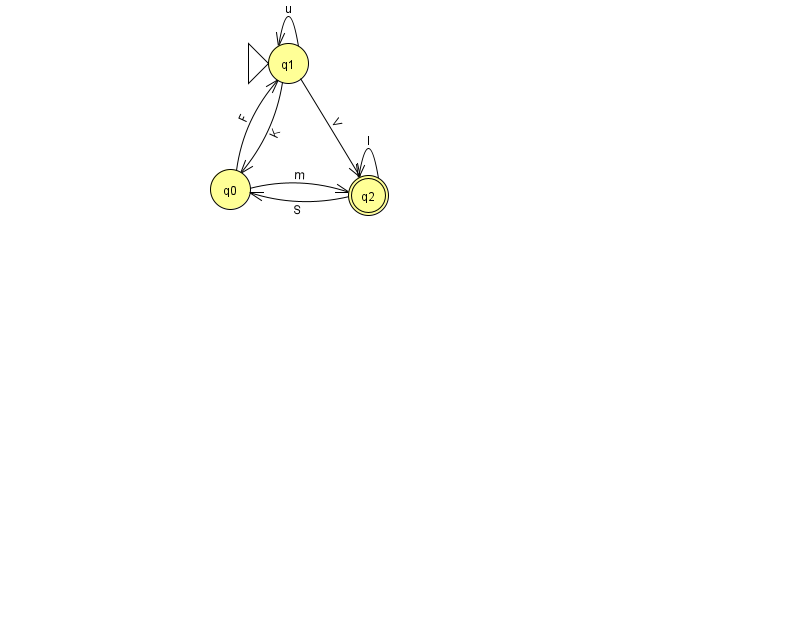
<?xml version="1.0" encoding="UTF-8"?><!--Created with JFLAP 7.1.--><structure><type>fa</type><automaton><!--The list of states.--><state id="0" name="q0"><x>230.0</x><y>176.0</y></state><state id="1" name="q1"><x>288.0</x><y>50.0</y><initial/></state><state id="2" name="q2"><x>368.0</x><y>182.0</y><final/></state><!--The list of transitions.--><transition><from>0</from><to>2</to><read>m</read></transition><transition><from>0</from><to>1</to><read>F</read></transition><transition><from>1</from><to>1</to><read>u</read></transition><transition><from>1</from><to>0</to><read>K</read></transition><transition><from>1</from><to>2</to><read>V</read></transition><transition><from>2</from><to>2</to><read>l</read></transition><transition><from>2</from><to>0</to><read>S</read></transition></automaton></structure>